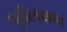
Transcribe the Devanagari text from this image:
पूर्वलक्षण